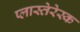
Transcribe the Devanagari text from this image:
प्लास्तेरेस्क